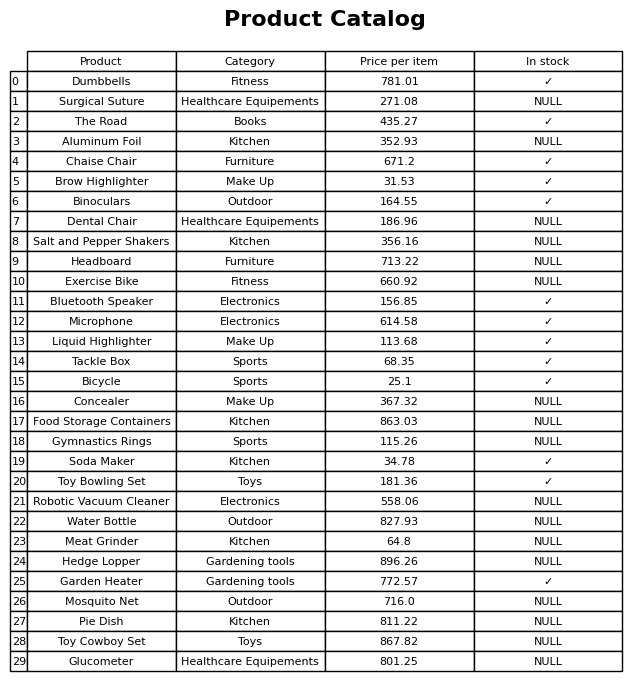
question: What is the price for Food Storage Containers?
answer: The price of Food Storage Containers is 863.03.